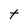
Character: t